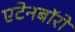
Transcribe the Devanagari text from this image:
एटेनबॉरो